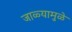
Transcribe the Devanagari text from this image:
जाळ्यामुळे